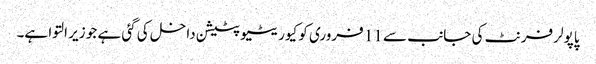
پاپولر فرنٹ کی جانب سے 11 فروری کو کیوریٹیو پٹیشن داخل کی گئی ہے جو زیر التوا ہے۔